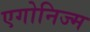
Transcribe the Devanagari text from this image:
एगोनिज्म